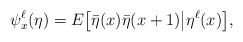
\begin{align*}\psi_x^\ell(\eta) = E \big[ \bar{\eta}(x) \bar{\eta}(x+1) \big| \eta^\ell(x)\big],\end{align*}